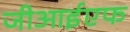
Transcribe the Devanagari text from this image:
जीआईएफ